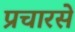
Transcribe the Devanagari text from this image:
प्रचारसे